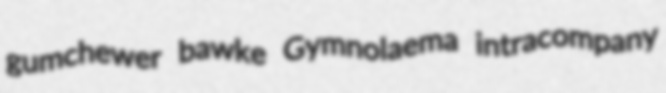
gumchewer bawke Gymnolaema intracompany